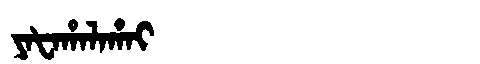
Manchu: ᠶᠠᡶᠠᡥᠠᠯᠠᡥᠠᡳ
Romanization: YAFAHALAHAI